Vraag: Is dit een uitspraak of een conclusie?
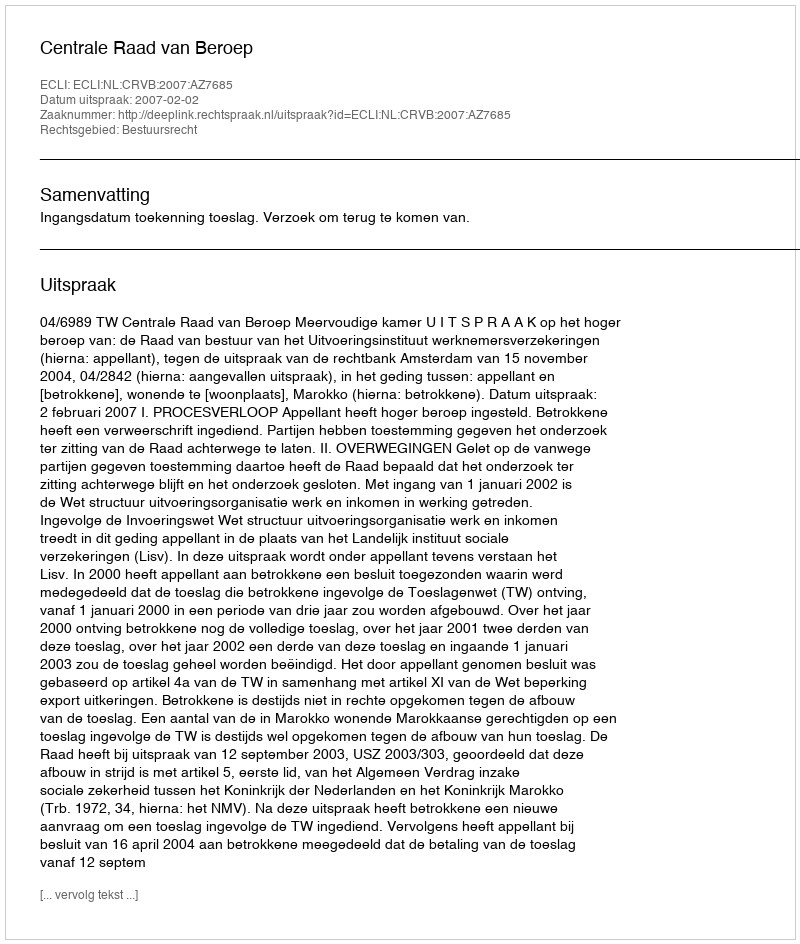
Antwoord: Uitspraak